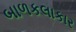
બાળકલાકાર